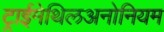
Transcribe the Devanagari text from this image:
ट्राईमेथिलअनोनियम